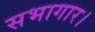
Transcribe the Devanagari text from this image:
सभागार।